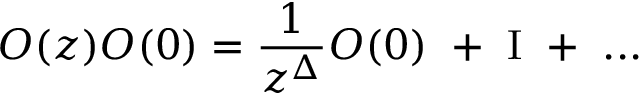
O ( z ) O ( 0 ) = { \frac { 1 } { z ^ { \Delta } } } O ( 0 ) ~ + ~ { \Large \mathrm { I } } ~ + ~ . . .